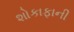
શોકાફાની